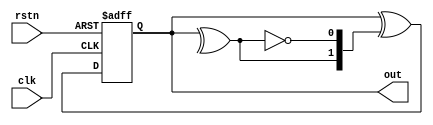
//**********************************************************************
// Copyright 2016-2017 by Silicon Creations Inc.  All rights reserved. *
// No portion of this material may be reproduced in any form           *
// without the written permission from Silicon Creations.              *
// All information contained is Silicon Creations company private,     *
// proprietary, and trade secret.                                      *
//**********************************************************************
// Context:     		Silicon Creations RTL
// Version              1.0: 	Tue Aug 14 15:48:45 EDT 2018
// support@siliconcr.com
//**********************************************************************
//
// 25May2021 - Updated by Microchip - SAR#119314
//
//**********************************************************************

`timescale 1ps / 1ps

`ifdef SYNTHESIS
    `define REG_DELAY
`else
    `define REG_DELAY #1
`endif

module CORERFDgrycnt(
    clk,    // Clock
    rstn,   // Reset signal
    out     // Counter output
    );

//////////////////////////////////////////////////////////////////////
// Parameters
parameter NBITS = 2; // implemented only for NBITS=2

//////////////////////////////////////////////////////////////////////
// Input signals
input clk;
input rstn;

//////////////////////////////////////////////////////////////////////
// Output signals
output wire [1:0] out;

//////////////////////////////////////////////////////////////////////
// Variables
reg [1:0]       count;
reg             parity;

//////////////////////////////////////////////////////////////////////
// Sequential logic
always @(posedge clk, negedge rstn) begin
    if(!rstn) begin
        count <= `REG_DELAY 2'b00;
    end
    else begin
        count <= `REG_DELAY count ^ {parity, ~parity};
    end
end

// Combinational logic
always @(*) begin
  parity = ^count;
end

//////////////////////////////////////////////////////////////////////
// Assigns for outputs
assign out = count;

endmodule